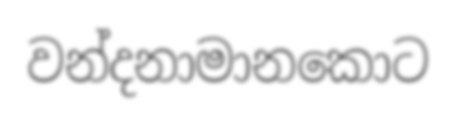
වන්දනාමානකොට